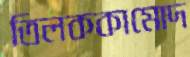
তিলককামোদ